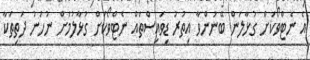
އެ ނެޓްވޯކަށް ގުޅާލަން ބޭނުންވާ އިތުރު ޑިވައިސްތައް ނެޓްވޯކަށް ގުޅާލުމަށް ނުހަނު ދަތިތަކާ